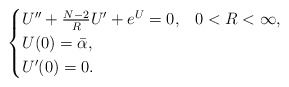
\begin{align*}\begin{cases}U''+\frac{N-2}{R}U'+e^U=0, & 0<R<\infty,\\U(0)=\bar{\alpha},\\U'(0)=0.\end{cases}\end{align*}